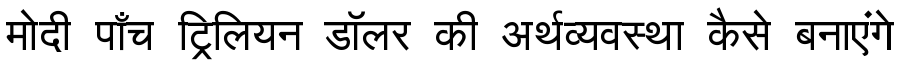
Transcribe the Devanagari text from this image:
मोदी पाँच ट्रिलियन डॉलर की अर्थव्यवस्था कैसे बनाएंगे